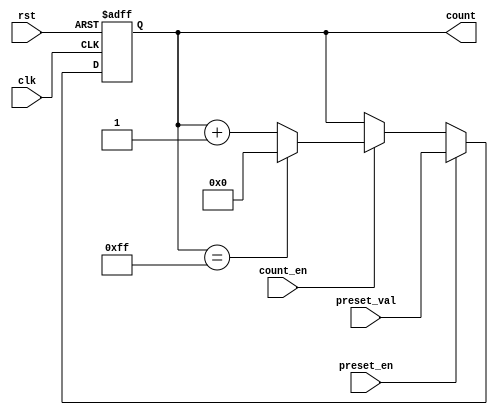
module presettable_counter (
    input wire clk,               // Clock input
    input wire rst,               // Asynchronous reset
    input wire preset_en,         // Preset enable
    input wire [7:0] preset_val,  // Preset value (8-bit)
    input wire count_en,          // Count enable
    output reg [7:0] count        // Counter value (8-bit)
);

    // Maximum value for an 8-bit counter
    localparam MAX_COUNT = 8'hFF; // 255

    // Asynchronous reset and preset logic
    always @(posedge clk or posedge rst) begin
        if (rst) begin
            count <= 8'b0; // Reset counter to 0
        end else if (preset_en) begin
            count <= preset_val; // Load preset value
        end else if (count_en) begin
            if (count == MAX_COUNT) begin
                count <= 8'b0; // Wrap around to 0 on overflow
            end else begin
                count <= count + 1; // Increment counter
            end
        end
    end

endmodule